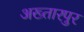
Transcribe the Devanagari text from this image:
अख्तारपुर